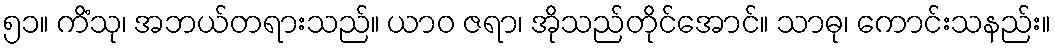
၅၁။ ကိံသု၊ အဘယ်တရားသည်။ ယာဝ ဇရာ၊ အိုသည်တိုင်အောင်။ သာဓု၊ ကောင်းသနည်း။